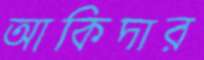
আকিদার